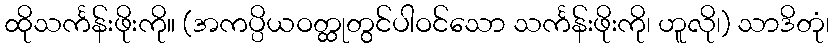
ထိုသင်္ကန်းဖိုးကို။ (အကပ္ပိယဝတ္ထုတွင်ပါဝင်သော သင်္ကန်းဖိုးကို၊ ဟူလို၊) သာဒိတုံ၊